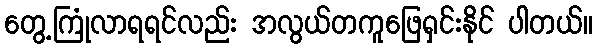
တွေ့ကြုံလာရရင်လည်း အလွယ်တကူဖြေရှင်းနိုင် ပါတယ်။